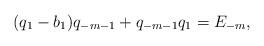
LaTeX: \begin{align*} (q_1-b_1)q_{-m-1}+q_{-m-1}q_1=E_{-m}, \end{align*}